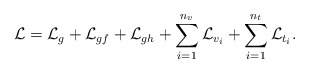
\begin{align*}{\cal L}={\cal L}_g+{\cal L}_{gf}+{\cal L}_{gh}+\sum_{i=1}^{n_v}{\cal L}_{v_i}+\sum_{i=1}^{n_t}{\cal L}_{t_i}.\end{align*}